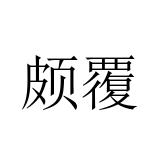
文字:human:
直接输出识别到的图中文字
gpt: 颇覆